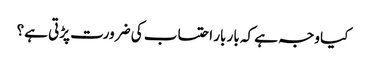
کیا وجہ ہے کہ بار بار احتساب کی ضرورت پڑتی ہے؟